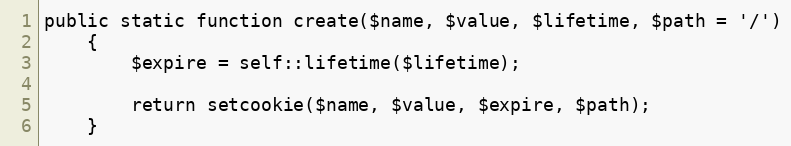
Language: PHP
public static function create($name, $value, $lifetime, $path = '/')
    {
        $expire = self::lifetime($lifetime);

        return setcookie($name, $value, $expire, $path);
    }